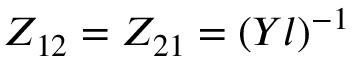
Z _ { 1 2 } = Z _ { 2 1 } = ( Y l ) ^ { - 1 }